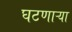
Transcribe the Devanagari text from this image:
घटणाऱ्या